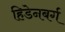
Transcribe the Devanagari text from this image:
हिडेनबर्ग